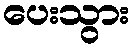
ပေးသွား